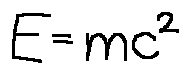
E = m c ^ { 2 }